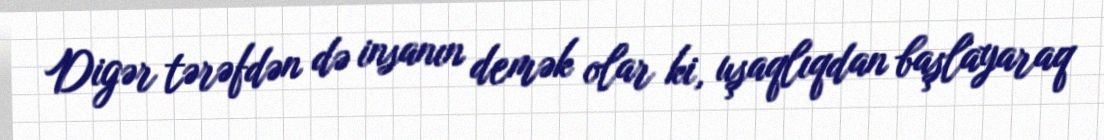
Digər tərəfdən də insanın demək olar ki, uşaqlıqdan başlayaraq